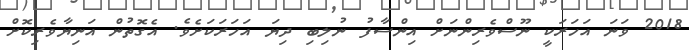
2018 ވަނަ އަހަރަކީ ނޫސްވެރިންނަށް އިންސާފު ނުލިބި ދިޔަ އަހަރަކަށެވެ. އެގޮތުން އަނިޔާވެރިކޮށް